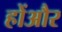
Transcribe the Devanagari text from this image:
होंऔर